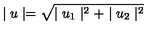
\mid u \mid = \sqrt { \mid u _ { 1 } \mid ^ { 2 } + \mid u _ { 2 } \mid ^ { 2 } }